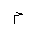
Letter: _mim